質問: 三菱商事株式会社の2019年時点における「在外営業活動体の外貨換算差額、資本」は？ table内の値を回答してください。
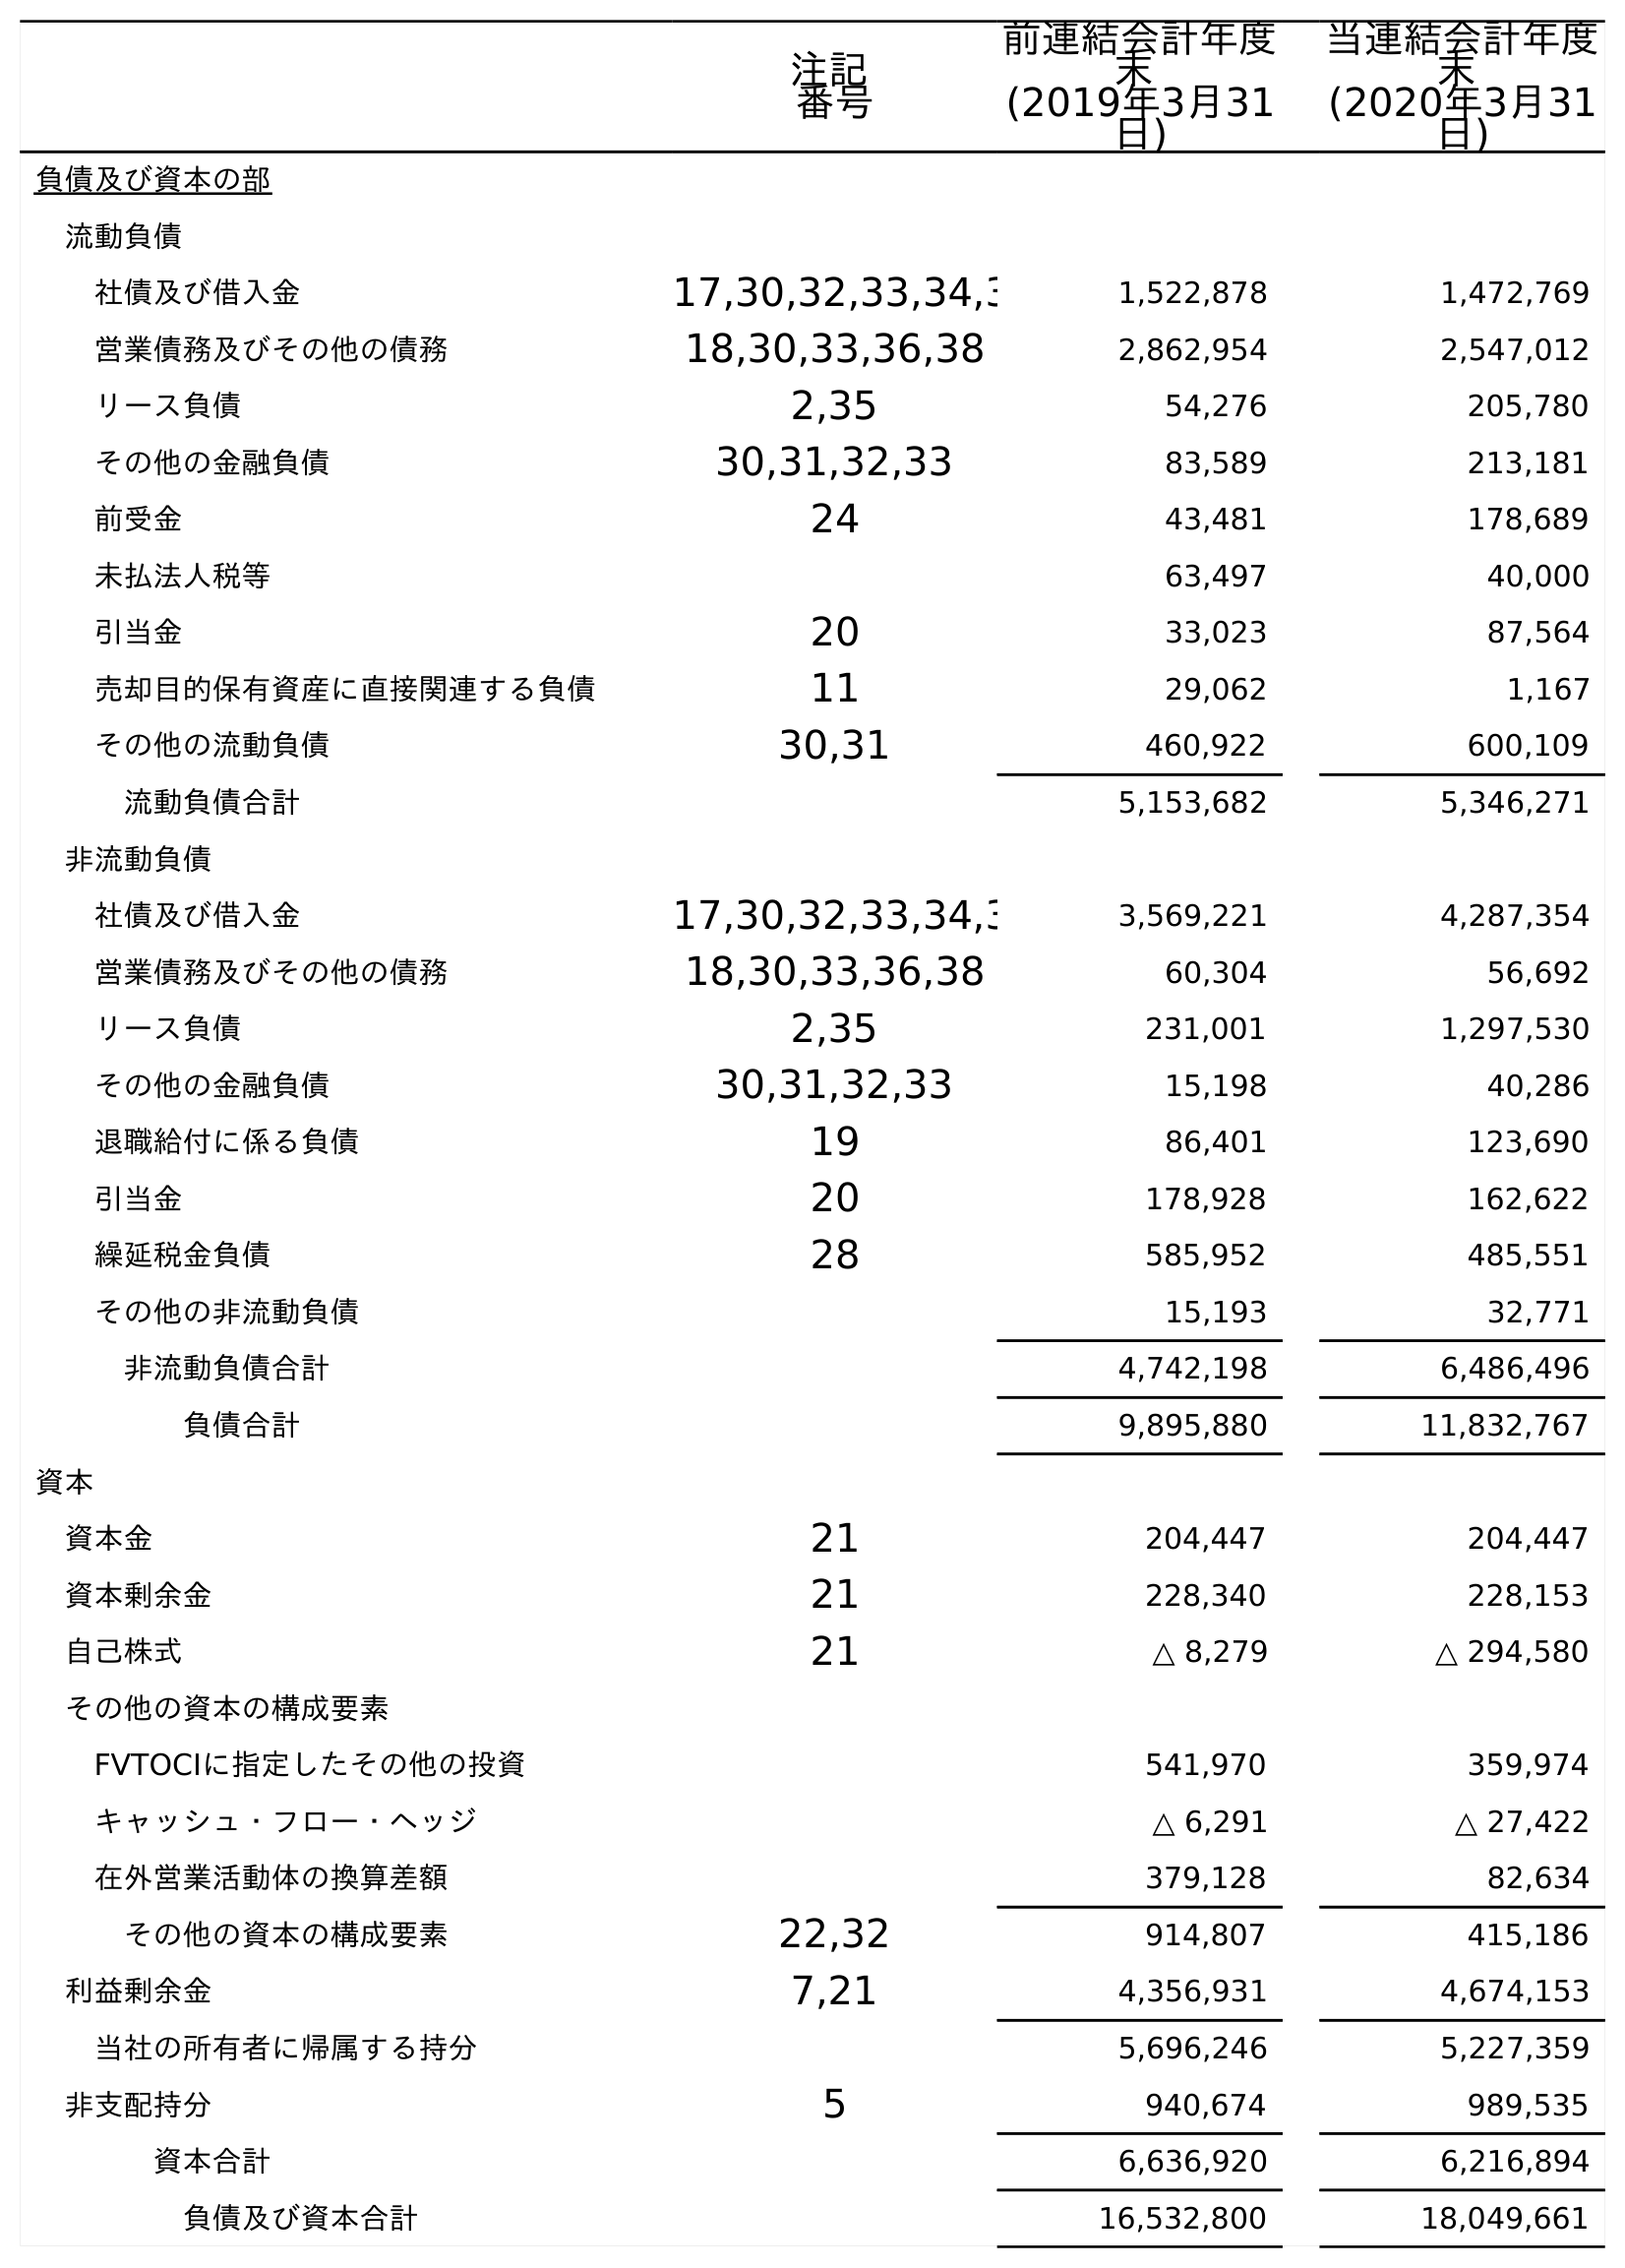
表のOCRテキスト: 注記 番号 前連結会計年度 末 (2019年3月31 日) 当連結会計年度 末 (2020年3月31 日) 負債及び資本の部 流動負債 社債及び借入金 17,30,32,33,34,3 1,522,878 1,472,769 営業債務及びその他の債務 18,30,33,36,38 2,862,954 2,547,012 リース負債 2,35 54,276 205,780 その他の金融負債 30,31,32,33 83,589 213,181 前受金 24 43,481 178,689 未払法人税等 63,497 40,000 引当金 20 33,023 87,564 売却目的保有資産に直接関連する負債 11 29,062 1,167 その他の流動負債 30,31 460,922 600,109 流動負債合計 5,153,682 5,346,271 非流動負債 社債及び借入金 17,30,32,33,34,3 3,569,221 4,287,354 営業債務及びその他の債務 18,30,33,36,38 60,304 56,692 リース負債 2,35 231,001 1,297,530 その他の金融負債 30,31,32,33 15,198 40,286 退職給付に係る負債 19 86,401 123,690 引当金 20 178,928 162,622 繰延税金負債 28 585,952 485,551 その他の非流動負債 15,193 32,771 非流動負債合計 4,742,198 6,486,496 負債合計 9,895,880 11,832,767 資本 資本金 21 204,447 204,447 資本剰余金 21 228,340 228,153 自己株式 21 △ 8,279 △ 294,580 その他の資本の構成要素 FVTOCIに指定したその他の投資 541,970 359,974 キャッシュ・フロー・ヘッジ △ 6,291 △ 27,422 在外営業活動体の換算差額 379,128 82,634 その他の資本の構成要素 22,32 914,807 415,186 利益剰余金 7,21 4,356,931 4,674,153 当社の所有者に帰属する持分 5,696,246 5,227,359 非支配持分 5 940,674 989,535 資本合計 6,636,920 6,216,894 負債及び資本合計 16,532,800 18,049,661
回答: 379,128